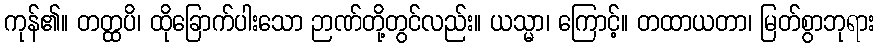
ကုန်၏။ တတ္ထပိ၊ ထိုခြောက်ပါးသော ဉာဏ်တို့တွင်လည်း။ ယသ္မာ၊ ကြောင့်။ တထာယတာ၊ မြတ်စွာဘုရား